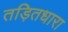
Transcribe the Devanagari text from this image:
तड़ितधारा